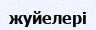
жуйелері